Vaccination in the Punjab 1919-1929 - 1919-1929
Year: 1919
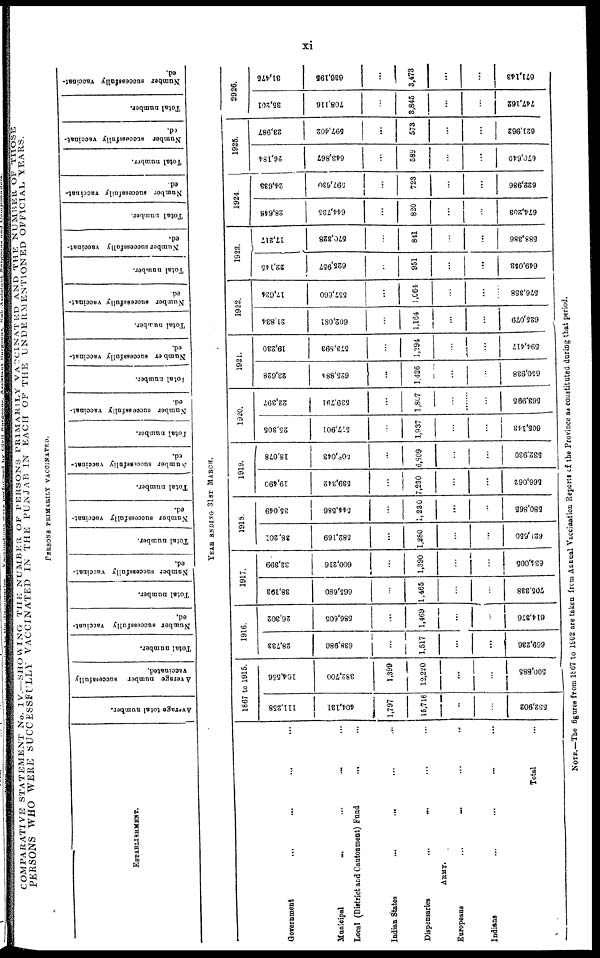
xi
COMPARATIVE STATEMENT No. IV.—SHOWING THE NUMBER OF PERSONS PRIMARILY VACCINATED AND THE NUMBER OF
THOSE
PERSONS WHO WERE SUCCESSFULLY VACCINATED IN THE PUNJAB IN EACH OF THE UNDERMENTIONED OFFICIAL YEARS.
ESTABLISHMENT.
Government ... ... ... ...
Municipal
...
Local (District and Cantonment) Fund
... ...
Indian States
...
... ... ...
Dispensaries ... ... ... ...
ARMY.
Europeans ... ... ... ...
Indians ... ... ... ...
Total ...
PERSONS PRIMARILY VACCINATED.
Average total number.
Average number successfully
vaccinated.
Total number.
Number successfully vaccinat¬
ed,
Total number.
Number successfully vaccinat-
ed.
Total number.
Number successfully vaccinat-
ed.
Total number.
Number successfully vaccinat-
ed.
Total number.
Number successfully vaccinat-
ed.
Total number.
Number successfully vaccinat-
ed.
Total number.
Number successfully vaccinat-
ed
Total number.
Number successfully vaccinat-
ed.
Total number.
Number successfully vaccinat-
ed.
Total number.
Number successfully vaccinat-
ed.
Total number.
Number successfully vaccinat-
ed.
YEAR ENDING 31ST MARCH.
1867 to 1915.
111,258
404,131
1,797
15,716
...
...
532,902
104,566
382,700
1,399
12,220
...
...
500,885
1916.
28,733
638,986
...
1,517
...
...
669,236
26,302
586,605
...
1,469
...
614,376
1917.
38,193
665,680
...
1,465
...
...
705,338
32,399
600,216
...
1,390
...
...
634,005
1918.
38,201
582,169
...
1,280
...
...
621,650
35,049
544,586
...
1,230
...
...
580,865
1919.
19,490
539,342
...
7,230
...
...
566,062
18,078
508,043
...
6,809
...
...
532,930
1920.
25,305
577,901
...
1,937
...
...
605,143
22,397
539,791
...
1,807
...
...
563,995
1921.
23,628
625,884
...
1,426
...
...
650,938
19,230
573,893
...
1,294
...
...
594,417
1922.
21,834
602,081
...
1,164
...
...
625,079
17,634
557,660
...
1,064
...
...
576,358
1923.
22,145
625,957
...
951
...
...
649,053
17,217
570,328
...
841
...
...
588,386
1924.
28,648
644,735
...
820
...
...
674,203
24,633
597,630
...
723
...
...
622,986
1925.
26,184
643,867
...
589
...
...
670,640
23,987
597,402
...
573
...
...
621,962
2926.
35,201
708,116
...
3,845
...
...
747,162
31,475
636,195
...
3,473
...
...
671,143
NOTE.—The figures from l867 to 1902 are taken from Annual Vaccination Reports of the Province as constituted during that period.